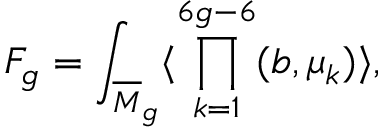
F _ { g } = \int _ { { \overline { { M } } } _ { g } } \langle \prod _ { k = 1 } ^ { 6 g - 6 } ( b , \mu _ { k } ) \rangle ,